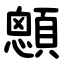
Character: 顖